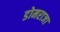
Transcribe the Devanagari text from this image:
डोमराजा